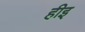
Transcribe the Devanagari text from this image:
हीइ